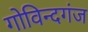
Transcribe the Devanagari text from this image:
गोविन्‍दगंज